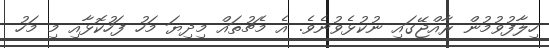
ހިލާފުވުމުން ރާއްޖޭގައި ނުކުޅެވުނެވެ. އެ މެޗުތައް މިދިޔަ މަހު ފަހުކޮޅާއި މި މަހު